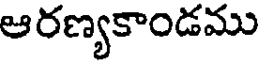
ఆరణ్యకాండము